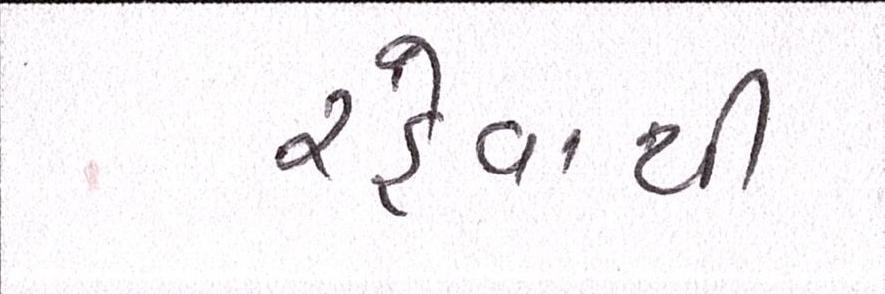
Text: રહેવાથી